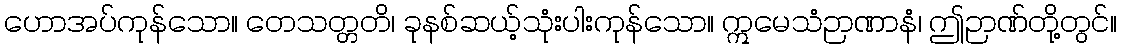
ဟောအပ်ကုန်သော။ တေသတ္တတိ၊ ခုနစ်ဆယ့်သုံးပါးကုန်သော။ ဣမေသံဉာဏာနံ၊ ဤဉာဏ်တို့တွင်။